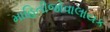
માહિતીજોવાલાયક